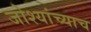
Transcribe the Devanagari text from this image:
जोश्यांच्याच